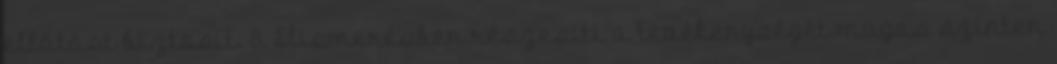
ellátást biztosít. 8. Elismerésben részesíti a tevékenységét magas szinten